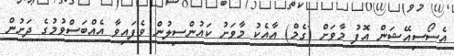
އެސޯސިއޭޝަން އޮފު މާވަށް (ގެމް) އާއެކު މާވަށު ކައުންސިލުން ވެފައިވާ އެއްބަސްވުމުގެ ދަށުން